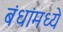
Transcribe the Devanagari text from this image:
बंधांमध्ये